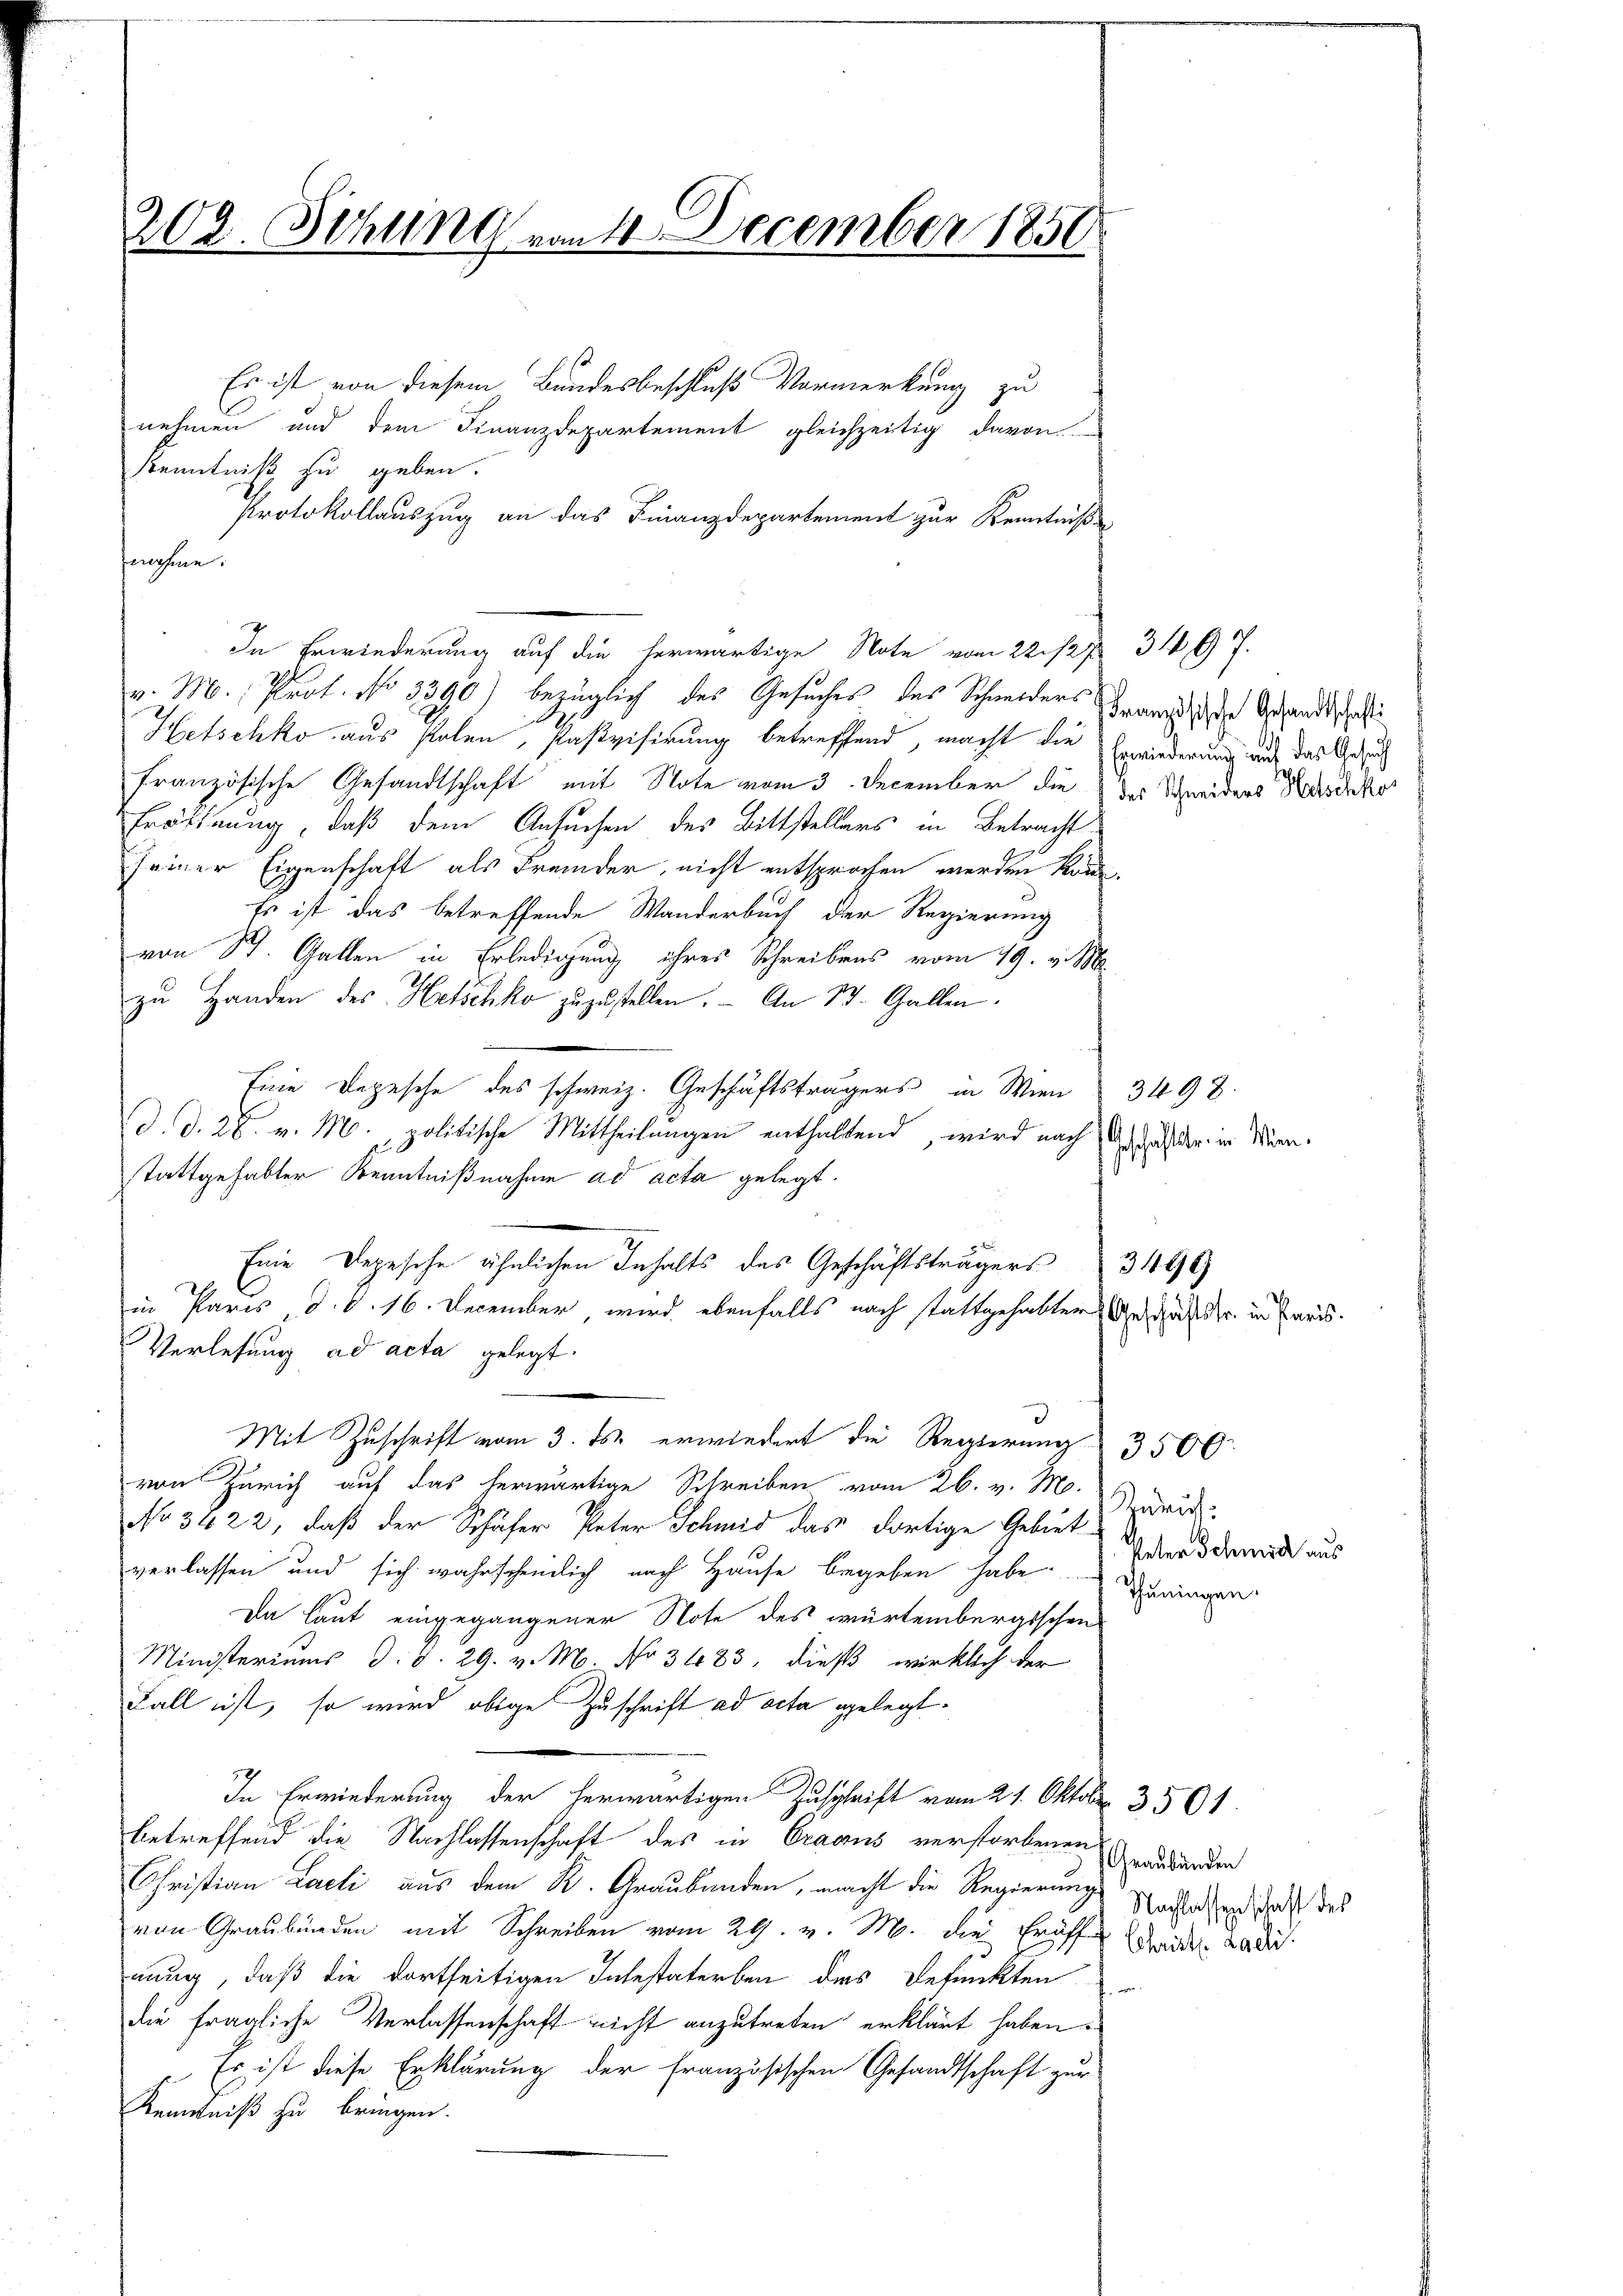
202. Sitzung vom 1. December 1856

Es ist von diesem Bundesbeschluß Vormerkung zu
nehmen und dem Finanzdepartement gleichzeitig davon
Kenntniß zu geben.
Protokollauszug an das Finanzdepartement zur Kenntniß
fnahme.
In Erwiederung auf die herwärtige Note vom 22./2. ß 34. 7.
v. M., Prot. No 1390) bezüglich des Gesuches des Schneiders werde der Gesandtschi
Hetschko aus Polen, Pasvisirung betreffend, macht die Erwiederung auf das Gesuch
französische Gesandtschaft mit Note vom 3. December die des Schneiders Besuche
Eröffnung, daß dem Ansuchen des Bittstellers in Betracht
seiner Eigenschaft als Fremder, nicht entsprochen werden könne.
Es ist das betreffende Wanderbuch der Regierung
von St. Gallen in Erledigung ihres Schreibens vom 19. v. M.
zu Handen des Hetschko zuzustellen. - An St. Gallen.
Eine Depesche des schweiz. Geschäftsträgers in Wien 3498.
d. d. 28. v. M., politische Mittheilungen enthaltend, wird nach das der in Würenstattgehabter Kenntnißnahme ad acta gelegt.
Eine Depesche ähnlichen Inhalts des Geschäftsträgers
in Paris, d. d. 16. December, wird ebenfalls nach stattgehabter Gesandr. in Paris.
Verlesung ad acta gelegt.
Mit Zuschrift vom 3. ds. erwiedert die Regierung
von Zürich auf das herwärtige Schreiben vom 26. v. Mo.
No 3422, daß der Schäfer Peter Schmid das dortige Gebiet
verlassen und sich wahrscheinlich nach Hause begeben habe. Daringen
Da laut eingegangener Note des würtembergischen
Ministeriums d. d. 29. v. M. No 3483, dieß wirklich der
Fall ist, so wird obige Zuschrift ad acta gelegt.
In Erwiederung der herwärtigen Zuschrift vom 21. Oktobr. 3561
betreffend die Nachlassenschaft des in Cracus verstorbenen
Christian Laeli aus dem K. Graubünden, macht die Regierungs Verstehend das das
von Graubünden mit Schreiben vom 29. v. M. die Eröffen drei an di
nung, daß die dortseitigen Intestaterben des Befunkten
die fragliche Verlassenschaft nicht anzutreten erklärt haben.
Es ist diese Erklärung der französischen Gesandtschaft zur
Kenntniß zu bringen.

3199

Zuruf:
Peter Schmid aus

3500.

Graubünden